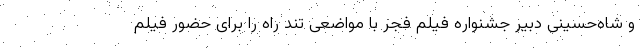
و شاه‌حسینی دبیر جشنواره فیلم فجر با مواضعی تند راه را برای حضور فیلم